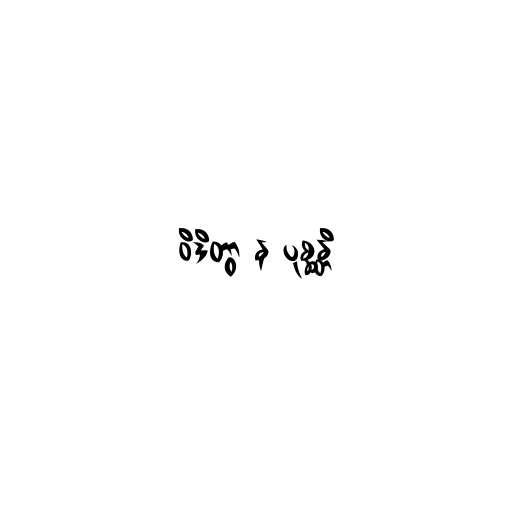
ဝိဒိတွာ န ပုစ္ဆန္တိ